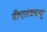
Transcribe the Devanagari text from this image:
डीएलडब्ल्यू